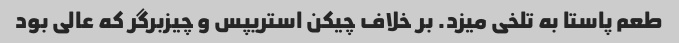
طعم پاستا به تلخی میزد. بر خلاف چیکن استریپس و چیزبرگر که عالی بود